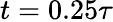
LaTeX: t=0.25\tau